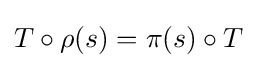
T\circ \rho (s)=\pi (s)\circ T